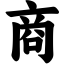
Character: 商